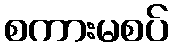
စကားမစပ်